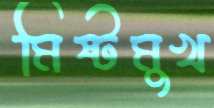
মিষ্টমুখ